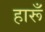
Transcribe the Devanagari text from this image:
हारूँ